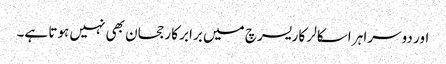
اور دوسرا ہر اسکالر کا ریسرچ میں برابر کا رجحان بھی نہیں ہوتا ہے۔